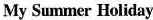
My Summer Holiday